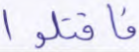
فاقتلوا